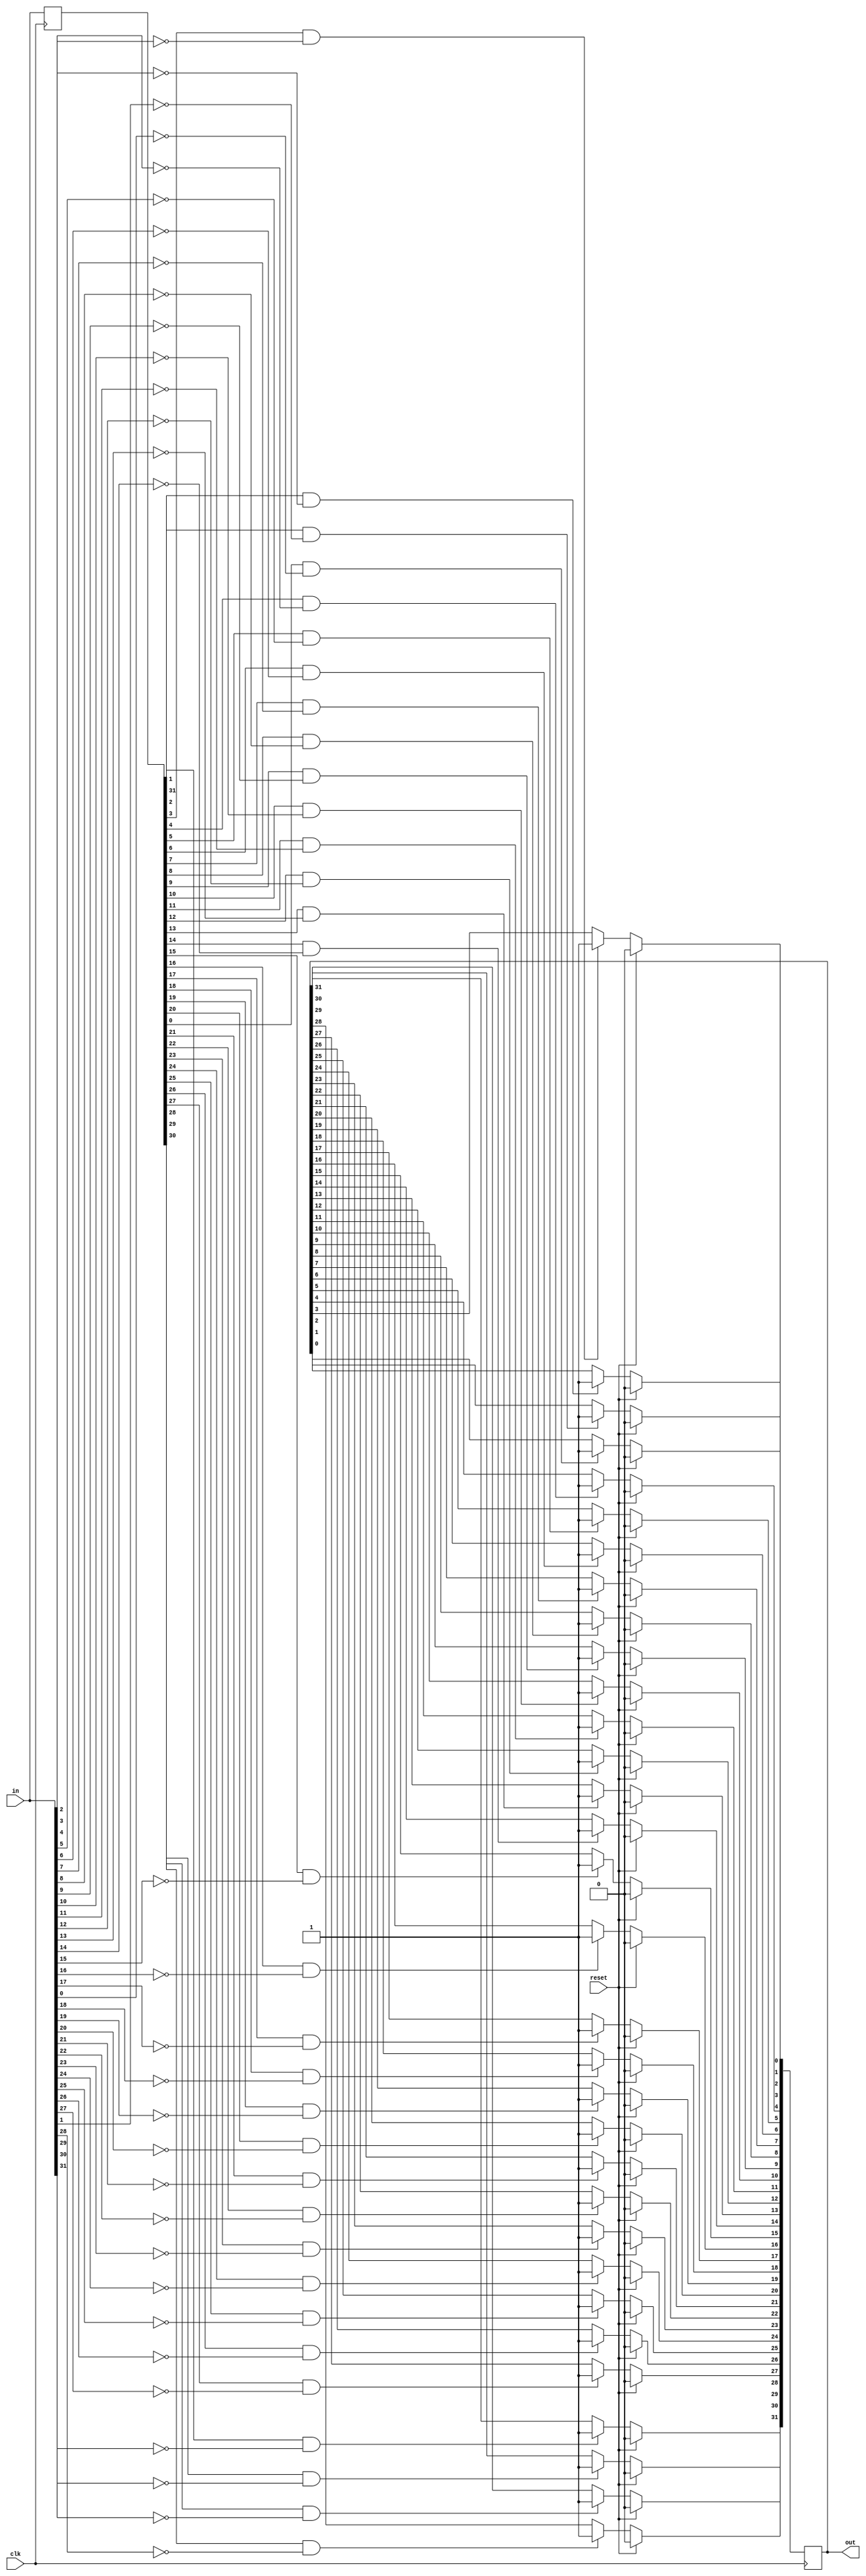
/*For each bit in a 32-bit vector, capture when the input signal changes from 1 in one clock cycle to 0 the next. "Capture" means that the output will remain 1 until the register is reset (synchronous reset).

Each output bit behaves like a SR flip-flop: The output bit should be set (to 1) the cycle after a 1 to 0 transition occurs. The output bit should be reset (to 0) at the positive clock edge when reset is high. If both of the above events occur at the same time, reset has precedence. In the last 4 cycles of the example waveform below, the 'reset' event occurs one cycle earlier than the 'set' event, so there is no conflict here.

In the example waveform below, reset, in[1] and out[1] are shown again separately for clarity.*/
module top_module (
    input clk,
    input reset,
    input [31:0] in,
    output reg [31:0] out
);
    reg [31:0]q; integer i;
    always@(posedge clk)
        begin
            if(reset==1)
                 out[31:0]<=32'b00000000000000000000000000000000;
            else if(reset==0)
                begin
           for(i=0;i<32;i=i+1)begin:name
            if(q[i]==1 && in[i]==0)
                out[i]<=1;
           end
        end
        end
    always@(posedge clk)
         q<=in;


endmodule